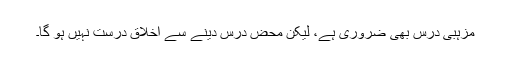
مزہبی درس بھی ضروری ہے، لیکن محض درس دینے سے اخلاق درست نہیں ہو گا۔